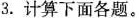
3.计算下面各题。